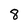
Character: 8